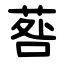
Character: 䓘